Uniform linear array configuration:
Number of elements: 24
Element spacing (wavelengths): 0.25
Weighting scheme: blackman
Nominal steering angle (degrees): -30
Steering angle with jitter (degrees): -28.034
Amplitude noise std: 0.05
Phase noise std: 0.05

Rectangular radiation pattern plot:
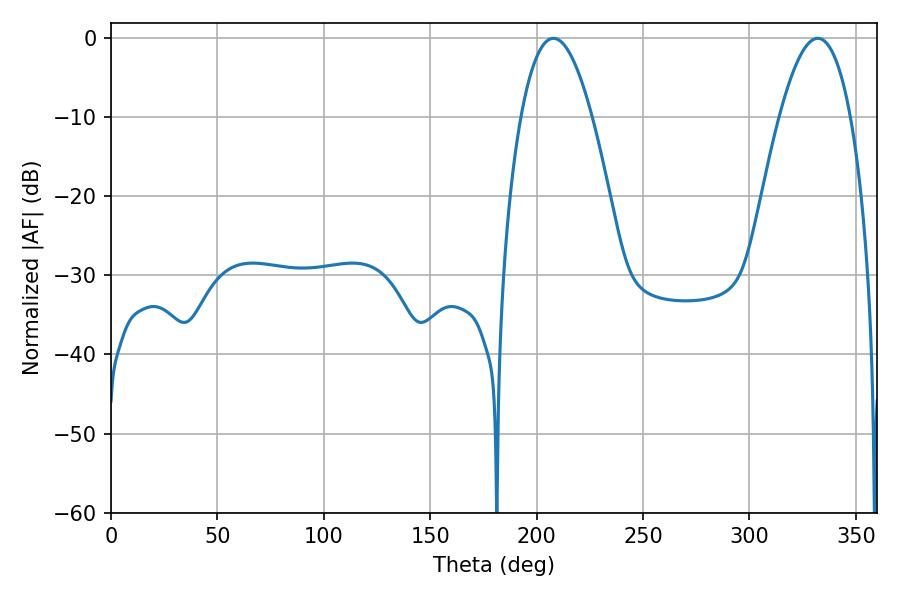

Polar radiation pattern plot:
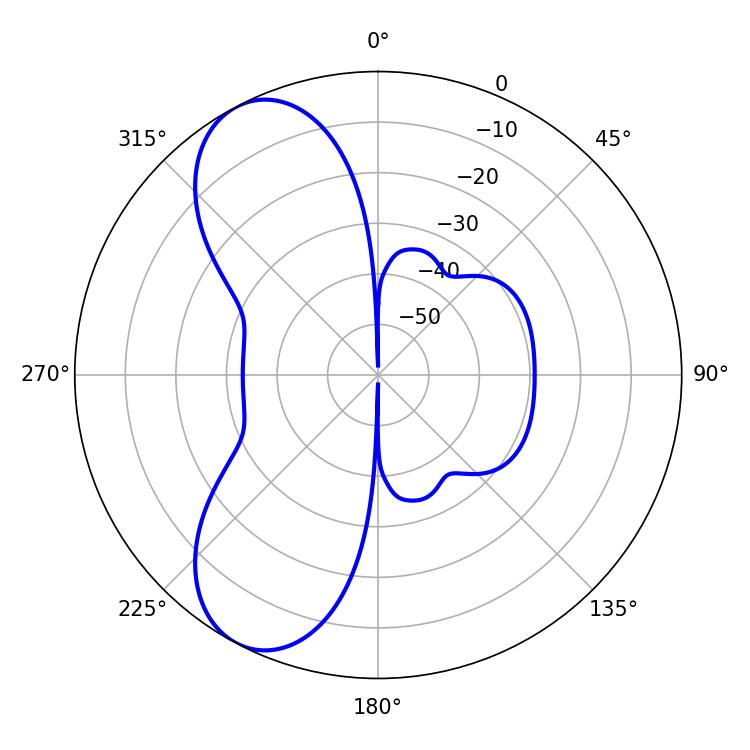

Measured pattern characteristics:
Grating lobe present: FALSE
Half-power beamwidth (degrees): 18.36
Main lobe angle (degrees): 207.9